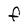
Character: F